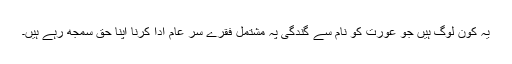
یہ کون لوگ ہیں جو عورت کو نام سے گندگی پہ مشتمل فقرے سر عام ادا کرنا اپنا حق سمجھ رہے ہیں۔